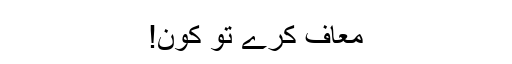
معاف کرے تو کون!